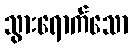
သွားရောက်သော